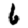
Digit: 6